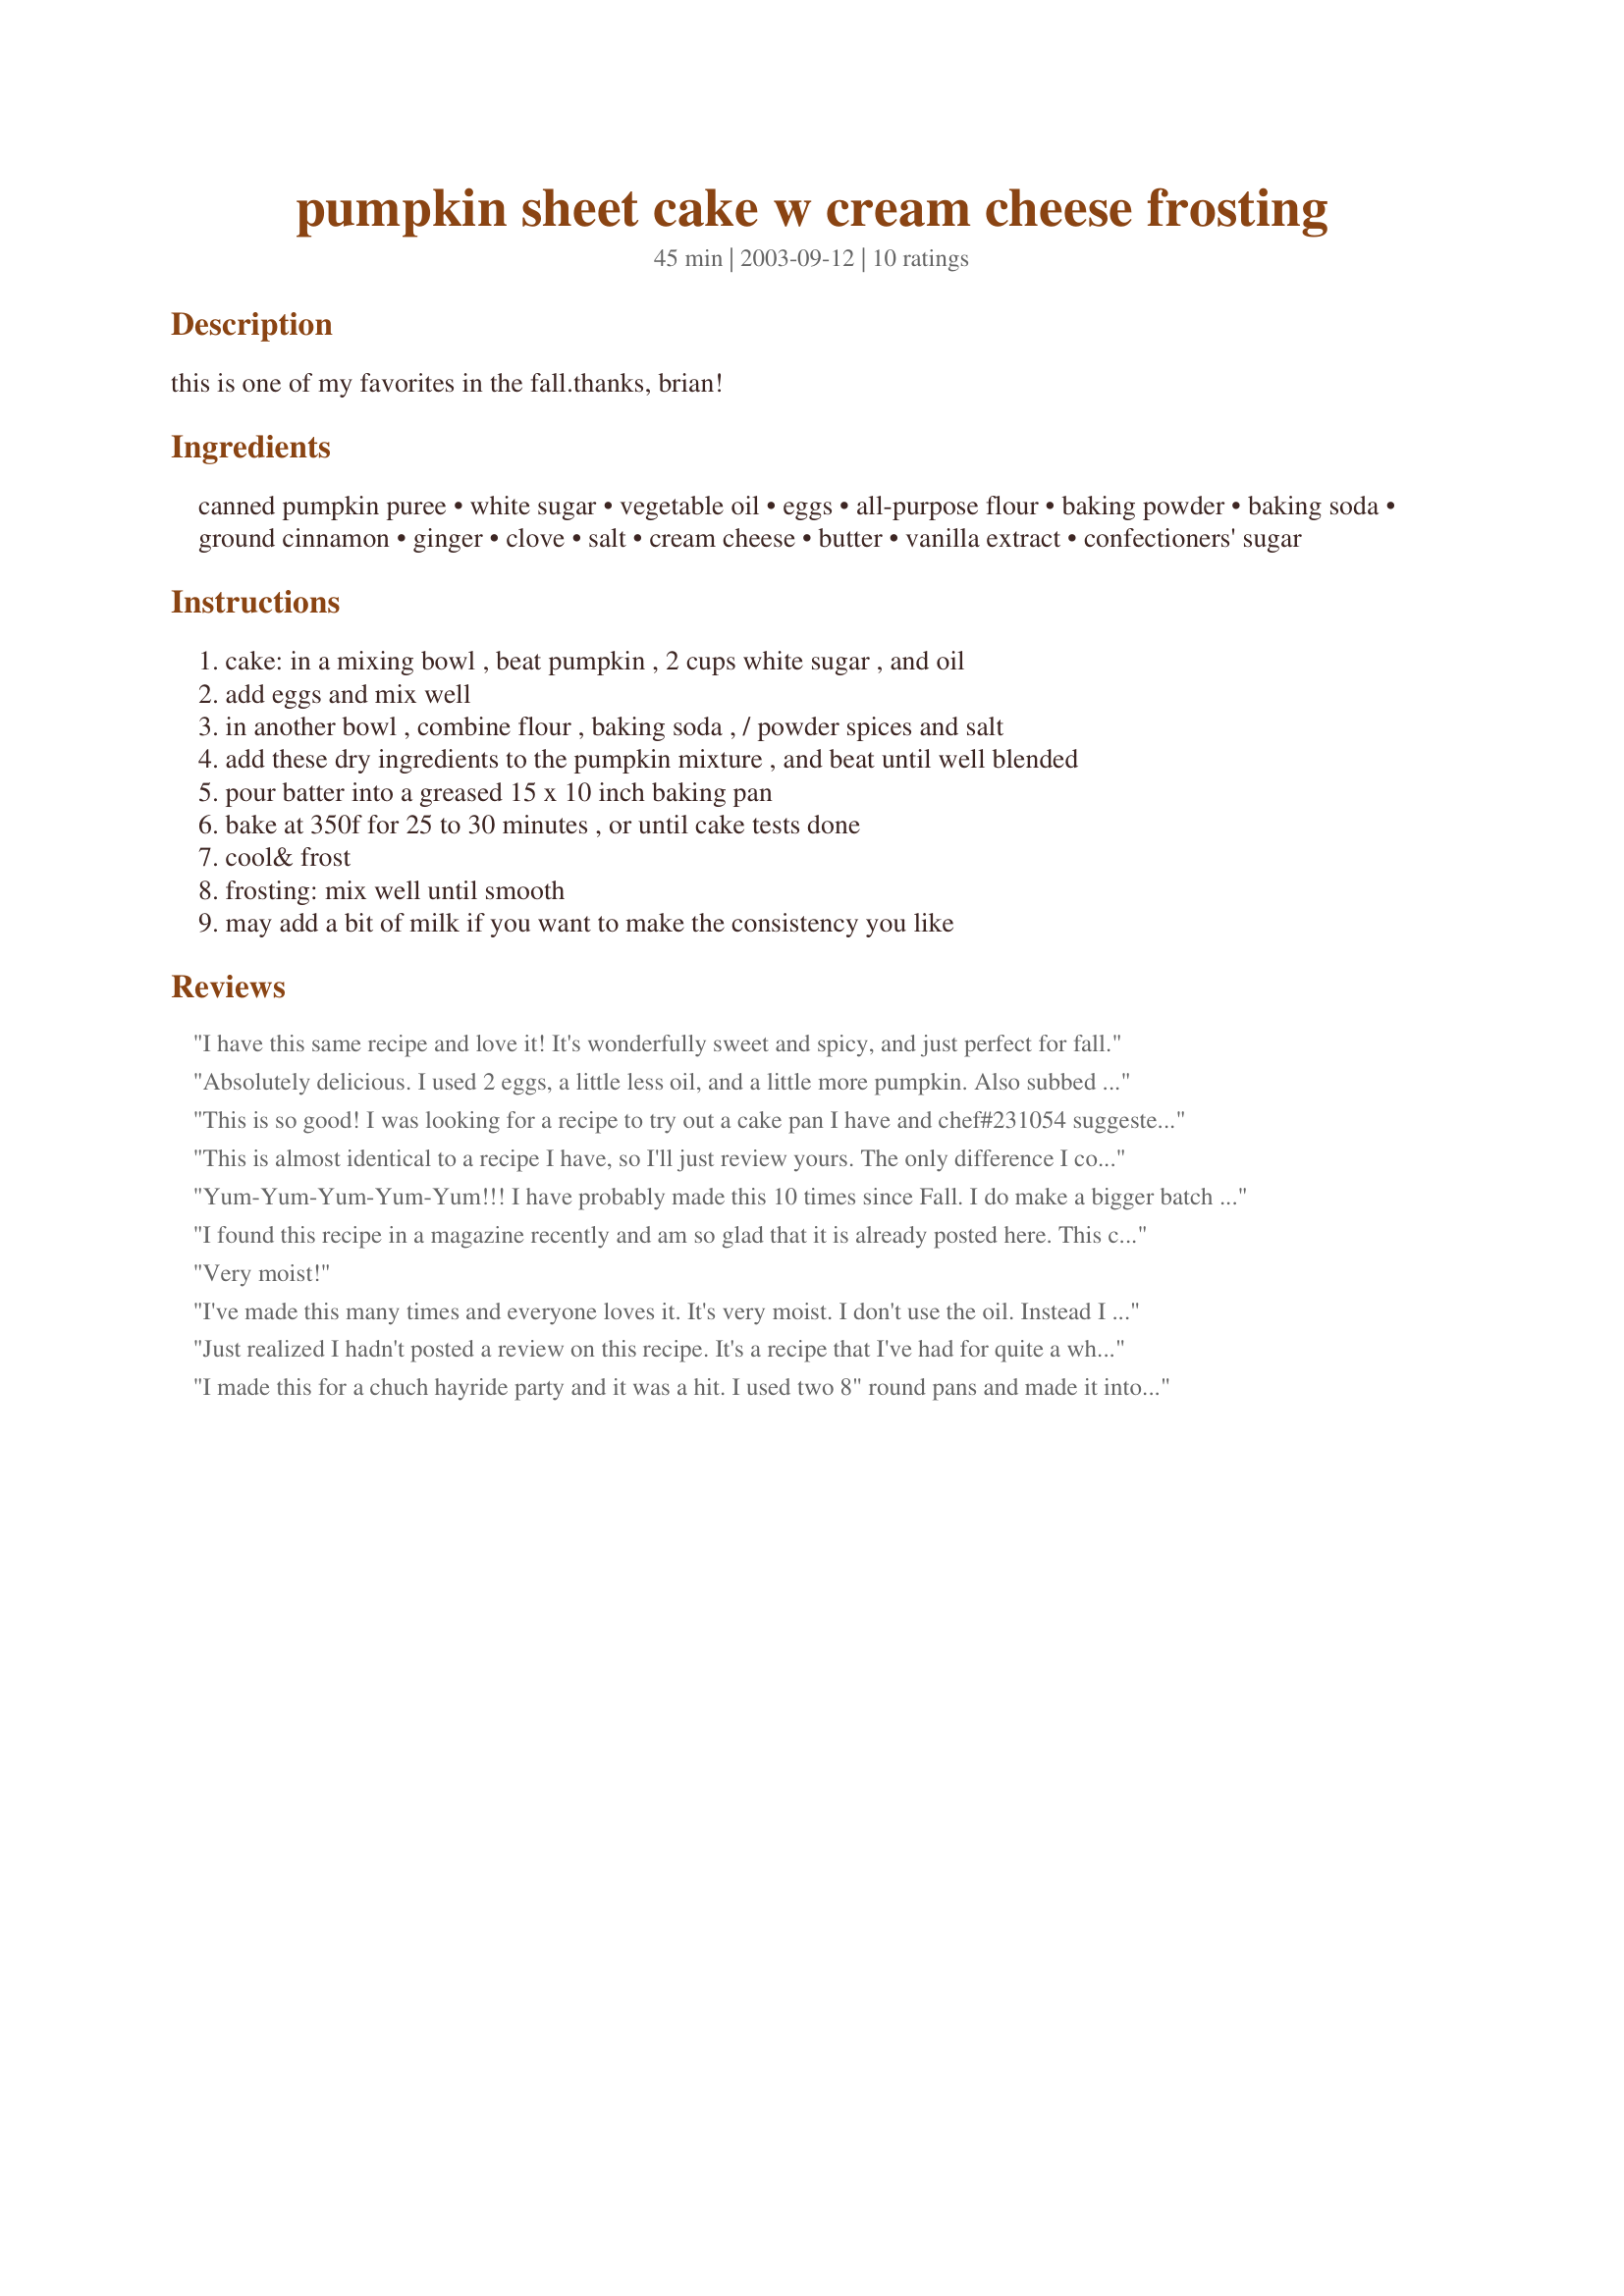
pumpkin sheet cake w cream cheese frosting
Preparation time: 45 minutes

this is one of my favorites in the fall.thanks, brian!

Ingredients:
canned pumpkin puree, white sugar, vegetable oil, eggs, all-purpose flour, baking powder, baking soda, ground cinnamon, ginger, clove, salt, cream cheese, butter, vanilla extract, confectioners' sugar

Steps:
cake: in a mixing bowl , beat pumpkin , 2 cups white sugar , and oil, add eggs and mix well, in another bowl , combine flour , baking soda , / powder spices and salt, add these dry ingredients to the pumpkin mixture , and beat until well blended, pour batter into a greased 15 x 10 inch baking pan, bake at 350f for 25 to 30 minutes , or until cake tests done, cool& frost, frosting: mix well until smooth, may add a bit of milk if you want to make the consistency you like

Reviews:
I have this same recipe and love it! It's wonderfully sweet and spicy, and just perfect for fall.
Absolutely delicious. I used 2 eggs, a little less oil, and a little more pumpkin. Also subbed nutmeg for the ginger and cloves since I couldn't find them in Argentina! Used frosting recipe 68975.
This is so good! I was looking for a recipe to try out a cake pan I have and chef#231054 suggested this might be a good one for what I wanted, so had to give it a try! I did halve the recipe because I knew I wouldn't need all the batter for the pan I was using ~ I used fresh pumpkin instead of the canned and also used half brown sugar and half white. This cake comes out so light and yummy and will be a great addition to the fall/Thanksgiving menu. I will be making it full size as it was intended as well. Thanks so much for sharing this recipe we'll enjoy again :)
This is almost identical to a recipe I have, so I'll just review yours. The only difference I could see was that my recipe called for 2 teaspoons of baking soda and no baking powder (not sure how much of a difference this would make). In addition to the ingredients listed for your frosting, my recipe calls for 1 teaspoon vanilla and 3 teaspoons of milk (again I don't think this would change the flavour too much). This is an awesome cake! Moist and delicious and freezes well.
Yum-Yum-Yum-Yum-Yum!!! I have probably made this 10 times since Fall. I do make a bigger batch of frosting than the one you have listed. But it is wonderful. Thank you!
I found this recipe in a magazine recently and am so glad that it is already posted here. This cake is so delicious. I love the fact that baking it in a jelly roll pan makes sort of bar-like pieces. I made as posted except for the frosting ~ I used 6 ozs. cream cheese, 6 tbsps. butter, 2 tsps vanilla, and 4 c. confectioners sugar. After frosting, I decorated with candy pumpkins. This would make a great dessert for Thanksgiving. Thanks for posting!
Very moist!
I've made this many times and everyone loves it. It's very moist. I don't use the oil. Instead I sub the oil with unsweetened applesauce. You don't even miss the oil.
Just realized I hadn't posted a review on this recipe. It's a recipe that I've had for quite a while and have made several times. I was getting ready to post it when I noticed that it was already here. It's a very easy cake to make (the frosting as well) -- it's very moist and perfect for Halloween/Thanksgiving/Christmas (although we love it ANY time of the year.)
I made this for a chuch hayride party and it was a hit. I used two 8" round pans and made it into a layer cake and added pumpkin pie sprice to the cream cheese frosting. Mmmmmmm.
